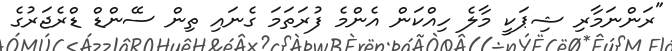
"ރަންނަމާރި ޝިޕަކީ މާލެ ހިއްކަން އެންމެ ފުރަތަމަ ގެނައި ތިން ސޭންޑް ޑްރެޖަރުގެ